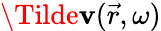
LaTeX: \Tilde{\mathbf{v}}(\vec{{r}},\omega)